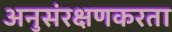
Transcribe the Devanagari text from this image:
अनुसंरक्षणकरता